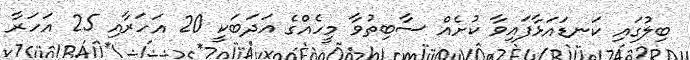
ބިލުގައި ކަނޑައަޅާފައިވާ ކުށެއް ސާބިތުވާ މީހެއްގެ އަދަބަކީ 20 އަހަރާއި 25 އަހަރާ